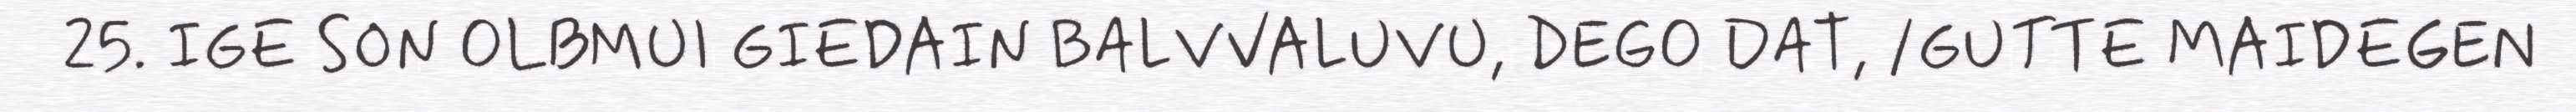
25. IGE SON OLBMUI GIEDAIN BALVVALUVU, DEGO DAT, /GUTTE MAIDEGEN